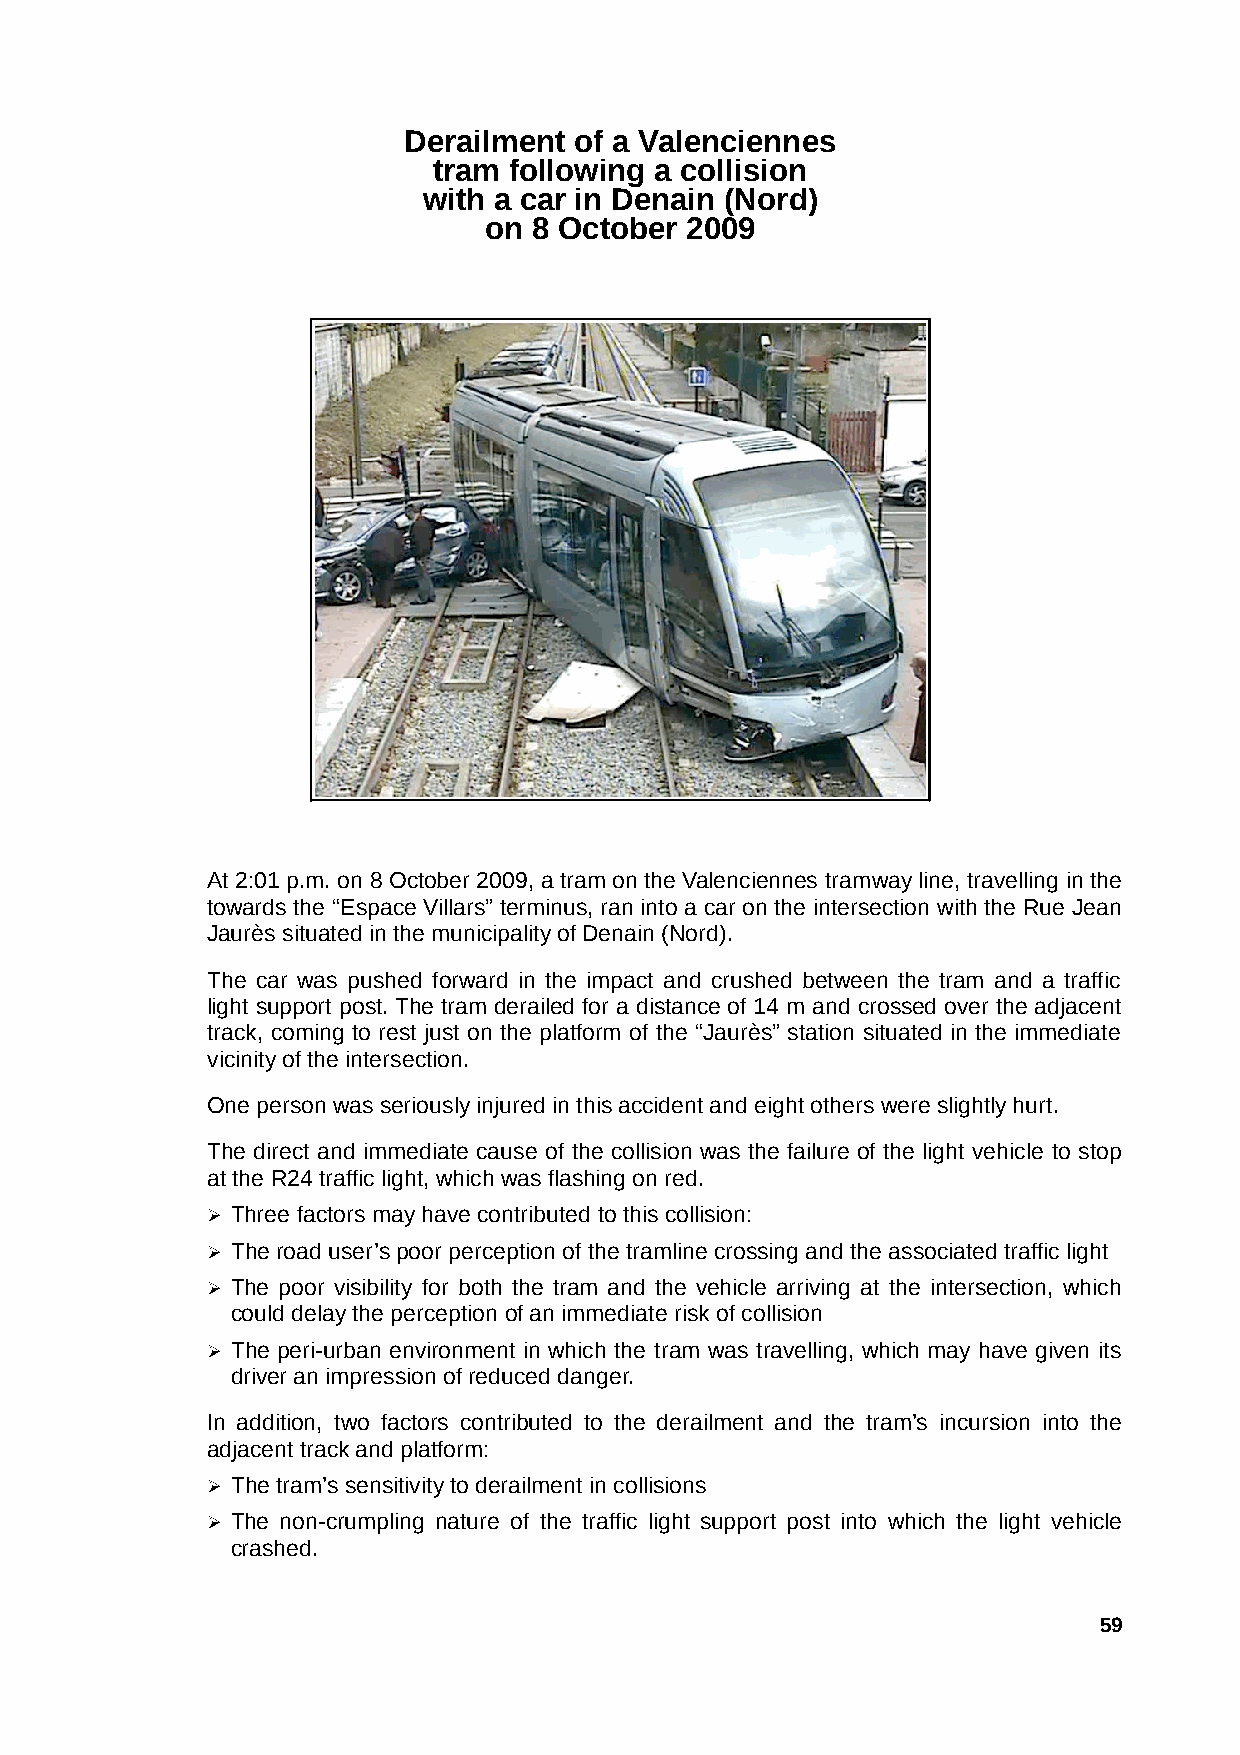
Derailment of a Valenciennes
 tram following a collision
 with a car in Denain (Nord)
 on 8 October 2009
 At 2:01 p.m. on 8 October 2009, a tram on the Valenciennes tramway line, travelling in the
 towards the “Espace Villars” terminus, ran into a car on the intersection with the Rue Jean
 Jaurès situated in the municipality of Denain (Nord).
 The car was pushed forward in the impact and crushed between the tram and a traffic
 light support post. The tram derailed for a distance of 14 m and crossed over the adjacent
 track, coming to rest just on the platform of the “Jaurès” station situated in the immediate
 vicinity of the intersection.
 One person was seriously injured in this accident and eight others were slightly hurt.
 The direct and immediate cause of the collision was the failure of the light vehicle to stop
 at the R24 traffic light, which was flashing on red.
 ➢ Three factors may have contributed to this collision:
 ➢ The road user’s poor perception of the tramline crossing and the associated traffic light
 ➢ The poor visibility for both the tram and the vehicle arriving at the intersection, which
 could delay the perception of an immediate risk of collision
 ➢ The peri-urban environment in which the tram was travelling, which may have given its
 driver an impression of reduced danger.
 In addition, two factors contributed to the derailment and the tram’s incursion into the
 adjacent track and platform:
 ➢ The tram’s sensitivity to derailment in collisions
 ➢ The non-crumpling nature of the traffic light support post into which the light vehicle
 crashed.
 59